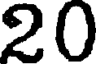
20